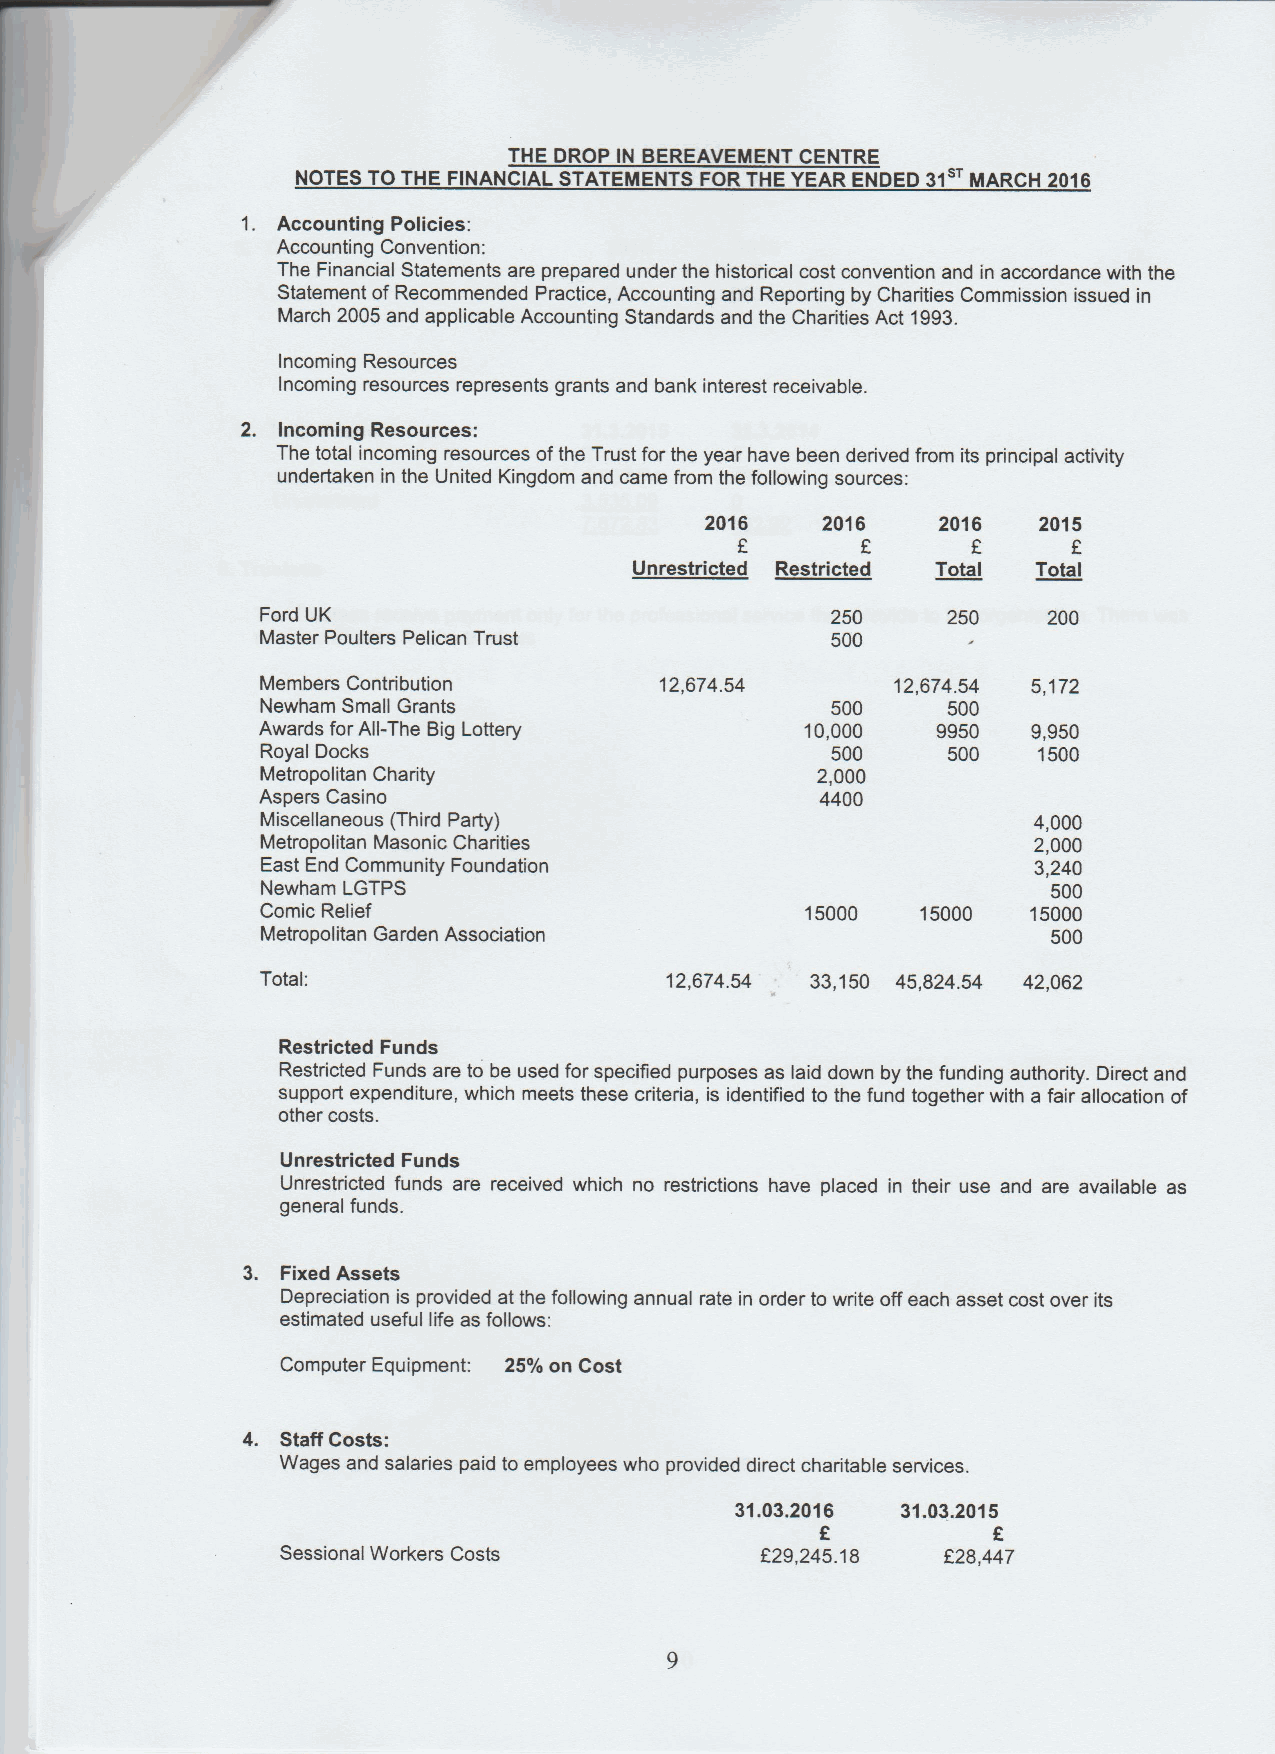
THE DROP IN BEREAVEMENT CENTRE
 NOTES TOTHE FINANCIAL STATEMENTS FORTHE YEAR ENDED 31 MARCH 2016
 1. Accounting Policies:
 Accounting Convention:
 The Financial Statements are prepared under the historical cost convention and in accordance with the
 Statement ofRecommended Practice, Accounting and Reporting by Charities Commission issued in
 March 2005 and applicable Accounting Standards and the Charities Act 1993.
 Incoming Resources
 Incoming resources represents grants and bank interest receivable.
 2. Incoming Resources:
 The total incoming resources ofthe Trust for the year have been derived from its principal activity
 undertaken in the United Kingdom and came from the following sources:
 2016   2016    2016   2015
 P
 Unrestricted Restricted Total Total
 Ford UK                               250     250   200
 Master Poulters Pelican Trust         500
 Members Contribution       12,674.54      12,674.54 5,172
 Newham Small Grants                   500     500
 Awards forAll-The Big Lottery       10,000   9950  9,950
 Royal Docks                           500     500   1500
 Metropolitan Charity                 2,000
 Aspera Casino                        4400
 Miscellaneous (Third Party)                        4,000
 Metropolitan Masonic Charities                     2,000
 East End Community Foundation                      3,240
 Newham LGTPS                                         500
 Comic Relief                        15000   15000  15000
 Metropolitan Garden Association                      500
 Total:                     12,674.54 33,150 45,824.54 42,062
 Restricted Funds
 Restricted Funds are to be used for specified purposes as laid down by the funding authority. Direct and
 support expenditure, which meets these criteria, is identified to the fund together with a fair allocation of
 other costs.
 Unrestricted Funds
 Unrestricted funds are received which no restrictions have placed in their use and are available as
 general funds.
 3. Fixed Assets
 Depreciation is provided at the following annual rate in order to write offeach asset cost over its
 estimated useful life as follows:
 Computer Equipment: 25%on Cost
 4. Staff Costs:
 Wages and salaries paid to employees who provided direct charitable services.
 31.03.2016 3103.2015
 Sessional Workers Costs        f29,245.18  F28,447